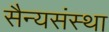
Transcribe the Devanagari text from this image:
सैन्यसंस्था